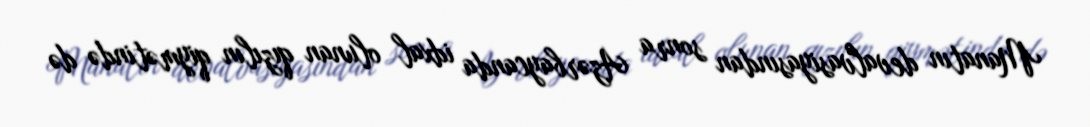
Manatın devalvasiyasından sonra Azərbaycanda idxal olunan qızılın qiymətində də